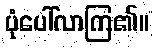
ပုံပေါ်လာကြ၏။